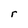
Character: r